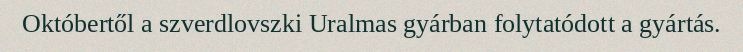
Októbertől a szverdlovszki Uralmas gyárban folytatódott a gyártás.